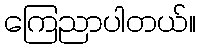
ကြေညာပါတယ်။